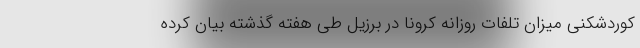
کوردشکنی میزان تلفات روزانه کرونا در برزیل طی هفته گذشته بیان کرده